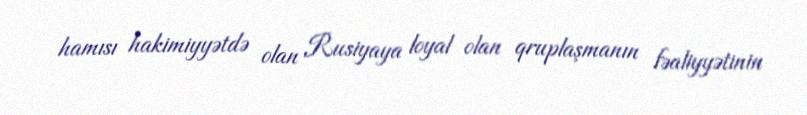
hamısı hakimiyyətdə olan Rusiyaya loyal olan qruplaşmanın fəaliyyətinin